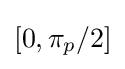
[0,\pi _{p}/2]